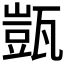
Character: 𭺤